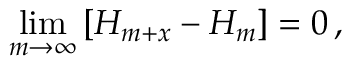
\operatorname* { l i m } _ { m \rightarrow \infty } \left[ H _ { m + x } - H _ { m } \right] = 0 \, ,